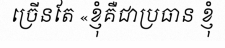
ច្រើនតែ «ខ្ញុំគឺជាប្រធាន ខ្ញុំ